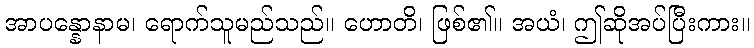
အာပန္နောနာမ၊ ရောက်သူမည်သည်။ ဟောတိ၊ ဖြစ်၏။ အယံ၊ ဤဆိုအပ်ပြီးကား။